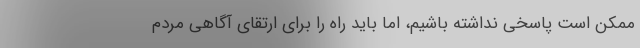
ممکن است پاسخی نداشته باشیم، اما باید راه را برای ارتقای آگاهی مردم